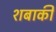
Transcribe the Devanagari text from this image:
शबाकी